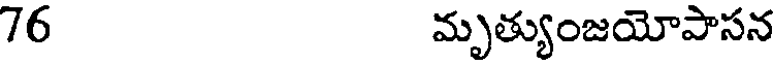
76 మృత్యుంజయోపాసన